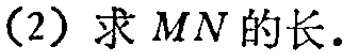
(2) 求 \(MN\) 的长.